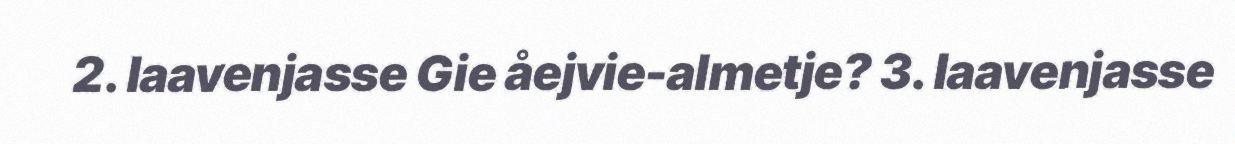
2. laavenjasse Gie åejvie-almetje? 3. laavenjasse